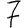
Digit: 7